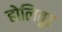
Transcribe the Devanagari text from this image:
होलिवूड